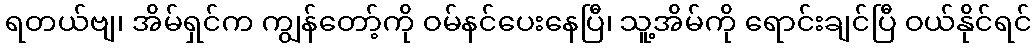
ရတယ်ဗျ၊ အိမ်ရှင်က ကျွန်တော့်ကို ဝမ်နင်ပေးနေပြီ၊ သူ့အိမ်ကို ရောင်းချင်ပြီ ဝယ်နိုင်ရင်